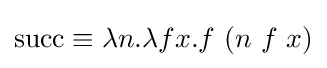
\operatorname {succ} \equiv \lambda n.\lambda fx.f\ (n\ f\ x)